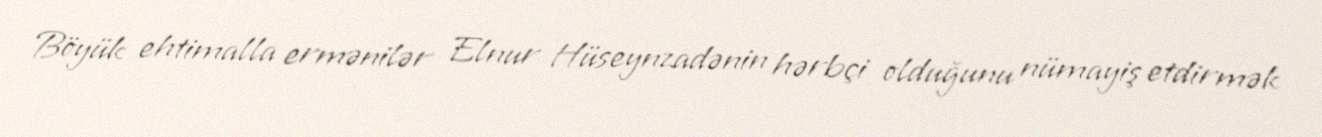
Böyük ehtimalla ermənilər Elnur Hüseynzadənin hərbçi olduğunu nümayiş etdirmək